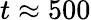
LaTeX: t\approx 500